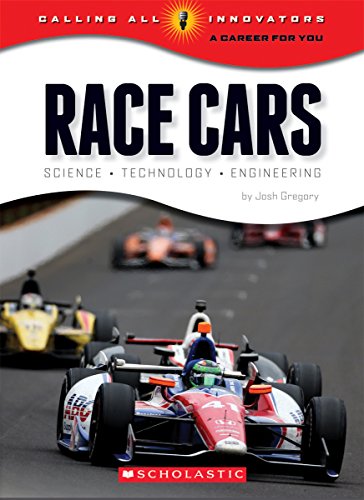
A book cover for Race Cars: Science, Technology, Engineering (Calling All Innovators: a Career for Youi); Josh Gregory; Children's Books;